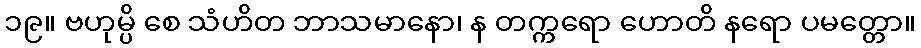
၁၉။ ဗဟုမ္ပိ စေ သံဟိတ ဘာသမာနော၊ န တက္ကရော ဟောတိ နရော ပမတ္တော။